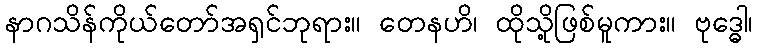
နာဂသိန်ကိုယ်တော်အရှင်ဘုရား။ တေနဟိ၊ ထိုသို့ဖြစ်မူကား။ ဗုဒ္ဓေါ၊